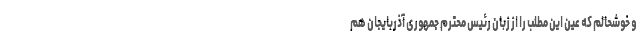
و خوشحالم که عین این مطلب را از زبان رئیس محترم جمهوری آذربایجان هم